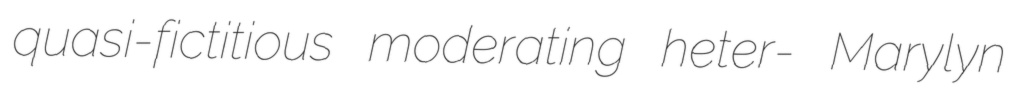
quasi-fictitious moderating heter- Marylyn